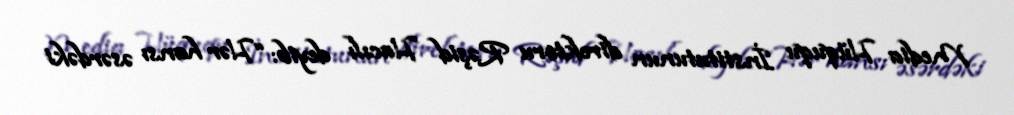
Media Hüququ İnstitutunun direktoru Rəşid Hacılı deyib: “Hər hansı əsərdəki